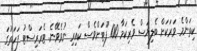
ކިތަންމެ ވަރަކަށް ބެލިޔަސް ވެރިކަމާ 100 ފޫޓަށްވެސް ކައިރި ނުވެވޭނެ. ޓެރަރިސްޓު ފަހަތުގަ